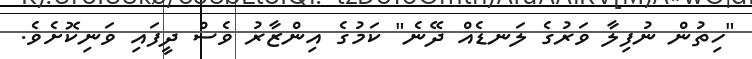
"ހިތުން ނުފިލާ ވަރުގެ ލަނޑެއް ދޭނެ" ކަމުގެ އިންޒާރު ވެސް ދީފައި ވަނިކޮށެވެ.